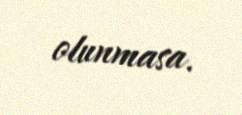
olunmasa.